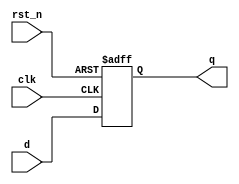
module register_2bit (
    input wire clk,            // Clock signal
    input wire rst_n,         // Active low reset signal
    input wire [1:0] d,       // 2-bit data input
    output reg [1:0] q        // 2-bit data output
);

// Sequential logic using non-blocking assignments
always @(posedge clk or negedge rst_n) begin
    if (!rst_n) begin
        q <= 2'b00;            // Asynchronous reset to 0
    end else begin
        q <= d;               // Update the register with input data
    end
end

endmodule